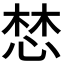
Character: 𢛓